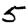
Digit: 5